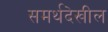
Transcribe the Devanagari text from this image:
समर्थदेखील